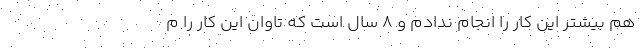
هم بیشتر این کار را انجام ندادم و ۸ سال است که تاوان این کار را م